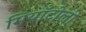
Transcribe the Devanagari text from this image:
मियाँटोली